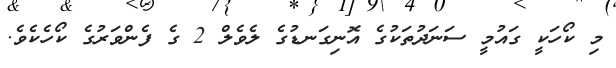
މި ކޯހަކީ ގައުމީ ސަނަދުތަކުގެ އޮނިގަނޑުގެ ލެވެލް 2 ގެ ފެންވަރުގެ ކޯހެކެވެ.